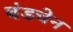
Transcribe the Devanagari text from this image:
बंडचेन